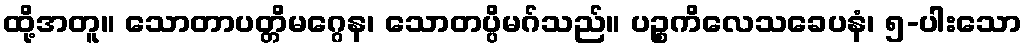
ထို့အတူ။ သောတာပတ္တိမဂ္ဂေန၊ သောတပ္ပိမဂ်သည်။ ပဉ္စကိလေသခေပနံ၊ ၅-ပါးသော